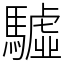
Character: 驉